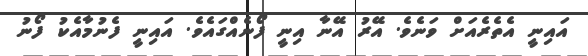
އައިނީ އެތެރެއަށް ވަނެވެ. އޭރު އޭނާ އިނީ ފޯނެއްގައެވެ. އައިނީ ފެނުމާއެކު ފޯނު